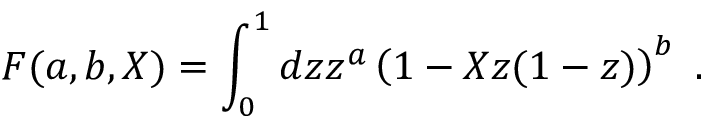
F ( a , b , X ) = \int _ { 0 } ^ { 1 } d z z ^ { a } \left( 1 - X z ( 1 - z ) \right) ^ { b } ~ .